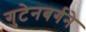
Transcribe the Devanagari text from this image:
गुटेनबर्गने